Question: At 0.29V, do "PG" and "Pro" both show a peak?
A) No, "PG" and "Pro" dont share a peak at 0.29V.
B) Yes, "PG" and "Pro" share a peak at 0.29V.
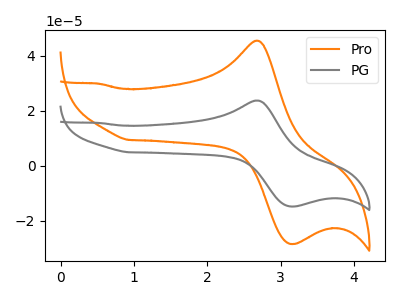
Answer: <think>The orange curve "Pro" has an anodic peak at (2.65V, 45.45uA) and a cathodic peak at (3.15V, -28.45uA). The gray curve "PG" has an anodic peak at (2.65V, 23.70uA) and a cathodic peak at (3.15V, -14.85uA).</think>
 <answer>A) No, "PG" and "Pro" dont share a peak at 0.29V.</answer>
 <eval>A</eval>